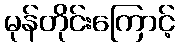
မုန်တိုင်းကြောင့်